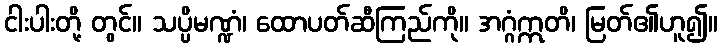
ငါးပါးတို့ တွင်။ သပ္ပိမဏ္ဍံ၊ ထောပတ်ဆီကြည်ကို။ အဂ္ဂံဣတိ၊ မြတ်၏ဟူ၍။